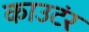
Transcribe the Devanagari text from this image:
काउटंर